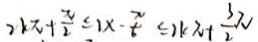
2 k \pi + \frac { \pi } { 2 } \leq 1 x - \frac { \pi } { 6 } \leq 2 k \pi + \frac { 3 } { 2 } \pi